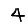
Digit: 4